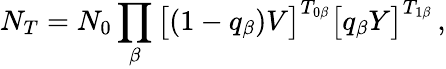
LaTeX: N_{T}=N_{0}\prod_{\beta}\big[(1-q_{\beta})V\big]^{T_{0\beta}}\big[q_{\beta}Y\big]^{T_{1\beta}}\, ,